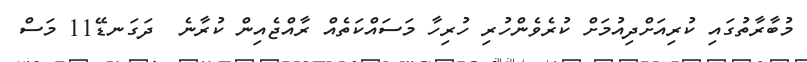
މުބާރާތުގައި ކުރިއަށްދިއުމަށް ކުރެވެންހުރި ހުރިހާ މަސައްކަތެއް ރާއްޖެއިން ކުރާނެ  ދަގަނޑޭ11 މަސް